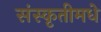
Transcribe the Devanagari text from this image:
संस्कृतीमधे